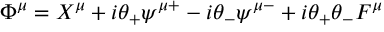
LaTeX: \Phi ^ { \mu } = X ^ { \mu } + i \theta _ { + } \psi ^ { \mu + } - i \theta _ { - } \psi ^ { \mu - } + i \theta _ { + } \theta _ { - } F ^ { \mu }